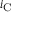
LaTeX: i _ { \mathrm { C } }